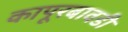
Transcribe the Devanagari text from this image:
कापूरबावडी